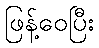
ဖြန့်ဝေပြီး